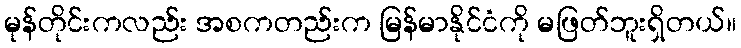
မုန်တိုင်းကလည်း အစကတည်းက မြန်မာနိုင်ငံကို မဖြတ်ဘူးရှိတယ်။